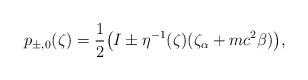
LaTeX: \begin{align*}p_{\pm,0}(\zeta)=\frac{1}{2}\big(I\pm\eta^{-1}(\zeta)(\zeta_\alpha+mc^2\beta)\big),\end{align*}